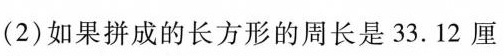
(2)如果拼成的长方形的周长是33.12厘